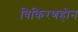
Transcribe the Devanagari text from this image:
विकिरणहीन